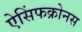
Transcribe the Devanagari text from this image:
ऐसिंफक्रोनस